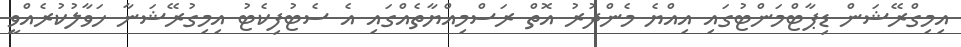
އިމިގްރޭޝަން ޑިޕާޓްމަންޓުގައި އިއްޔެ މެންދުރު އޮތް ރަސްމިއްޔާތެއްގައި އެ ސެޓުފިކެޓު އިމިގުރޭޝަނާ ހަވާލުކުރެއްވީ